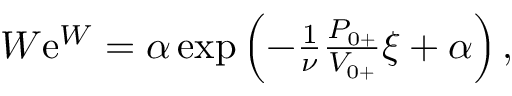
\begin{array} { r } { W \mathrm { e } ^ { W } = \alpha \exp \left( - \frac { 1 } { \nu } \frac { { P } _ { 0 + } } { { V } _ { 0 + } } \xi + \alpha \right) , } \end{array}